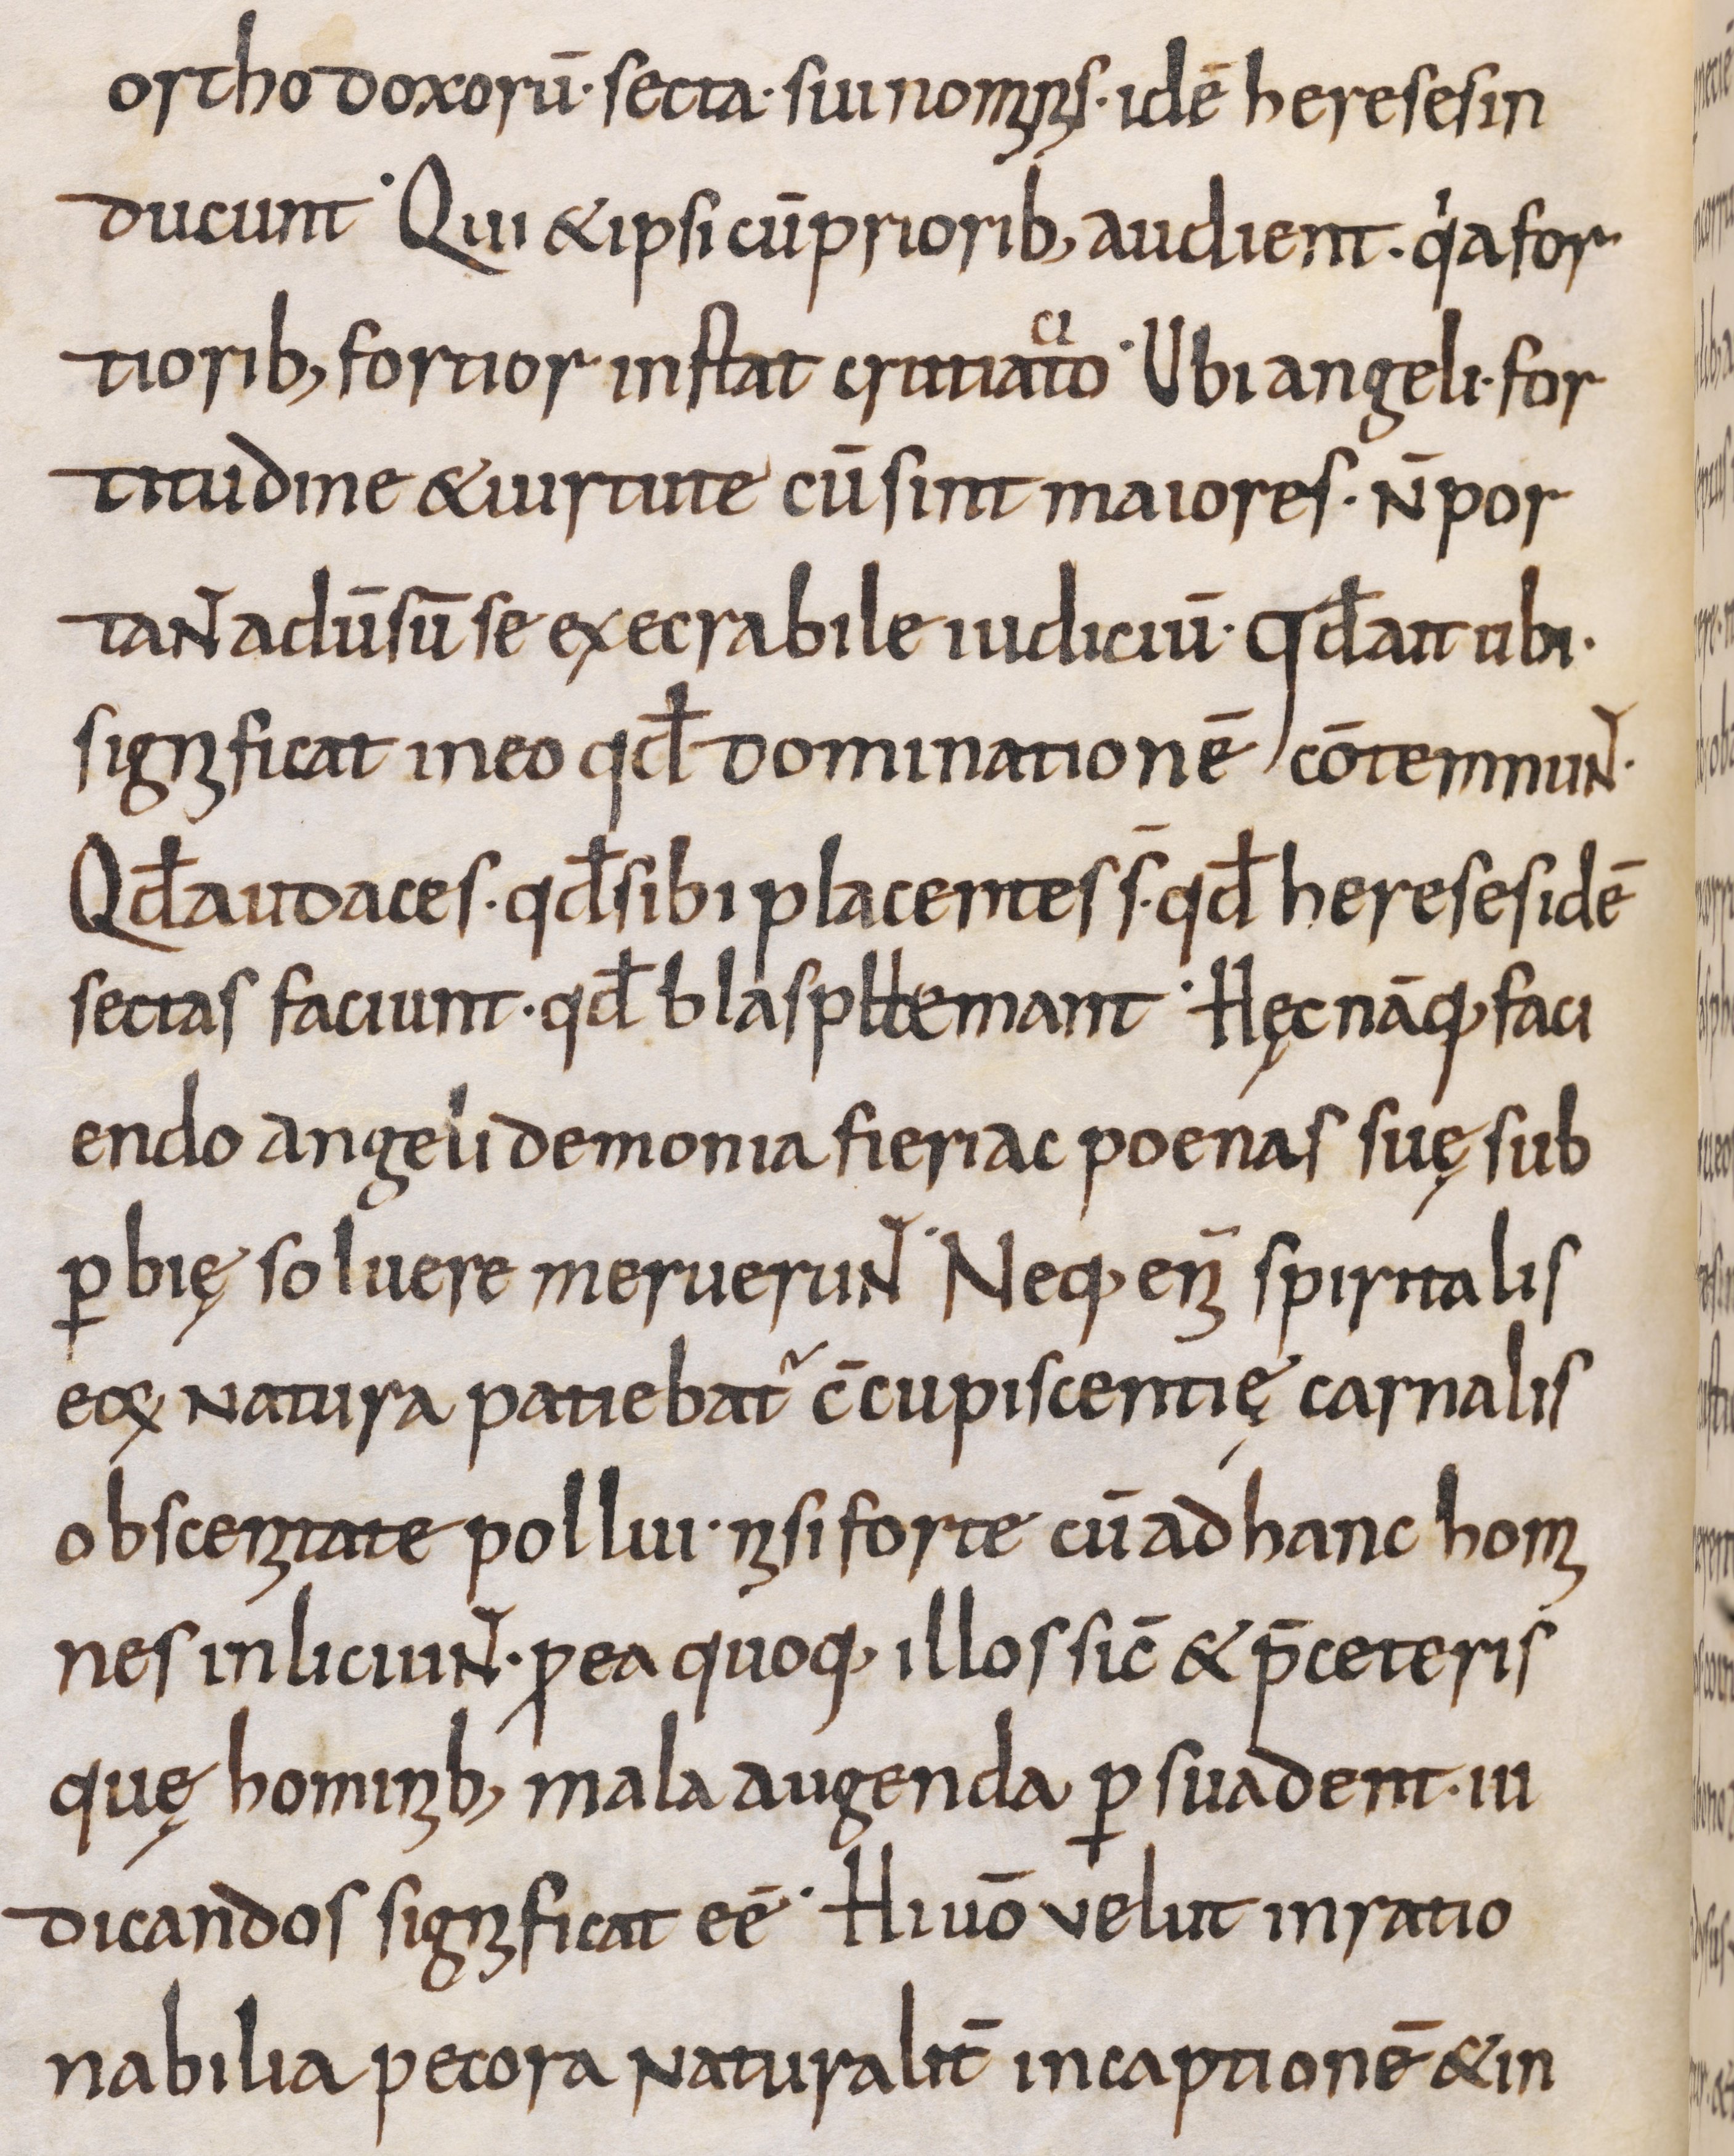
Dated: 800–999